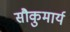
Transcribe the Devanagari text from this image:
सौकुमार्य